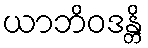
ယာဘိဝဒန္တိ